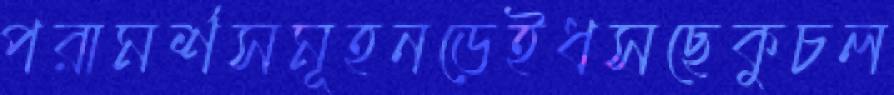
পরামর্শসমূহনড়েইধসছেকুচল